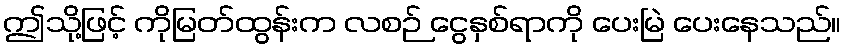
ဤသို့ဖြင့် ကိုမြတ်ထွန်းက လစဉ် ငွေနှစ်ရာကို ပေးမြဲ ပေးနေသည်။